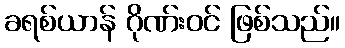
ခရစ်ယာန် ဂိုဏ်းဝင် ဖြစ်သည်။